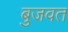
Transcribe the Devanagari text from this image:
बुजवत